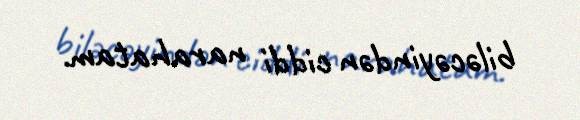
biləcəyindən ciddi narahatam.